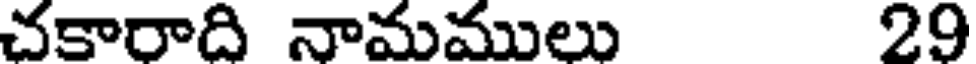
చకారాది నామములు 29